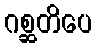
ဂစ္ဆတိပေ